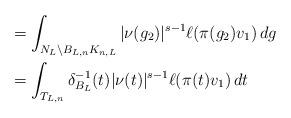
LaTeX: \begin{align*} &= \int_{N_L \backslash B_{L,n}K_{n,L}}{|\nu(g_2)|^{s-1}\ell(\pi(g_2)v_1)\,dg} \\ &= \int_{T_{L,n}}{\delta_{B_L}^{-1}(t)|\nu(t)|^{s-1}\ell(\pi(t)v_1)\,dt}\end{align*}